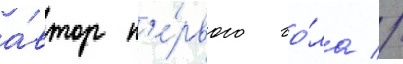
а́втор п'е́рвого го́ла //